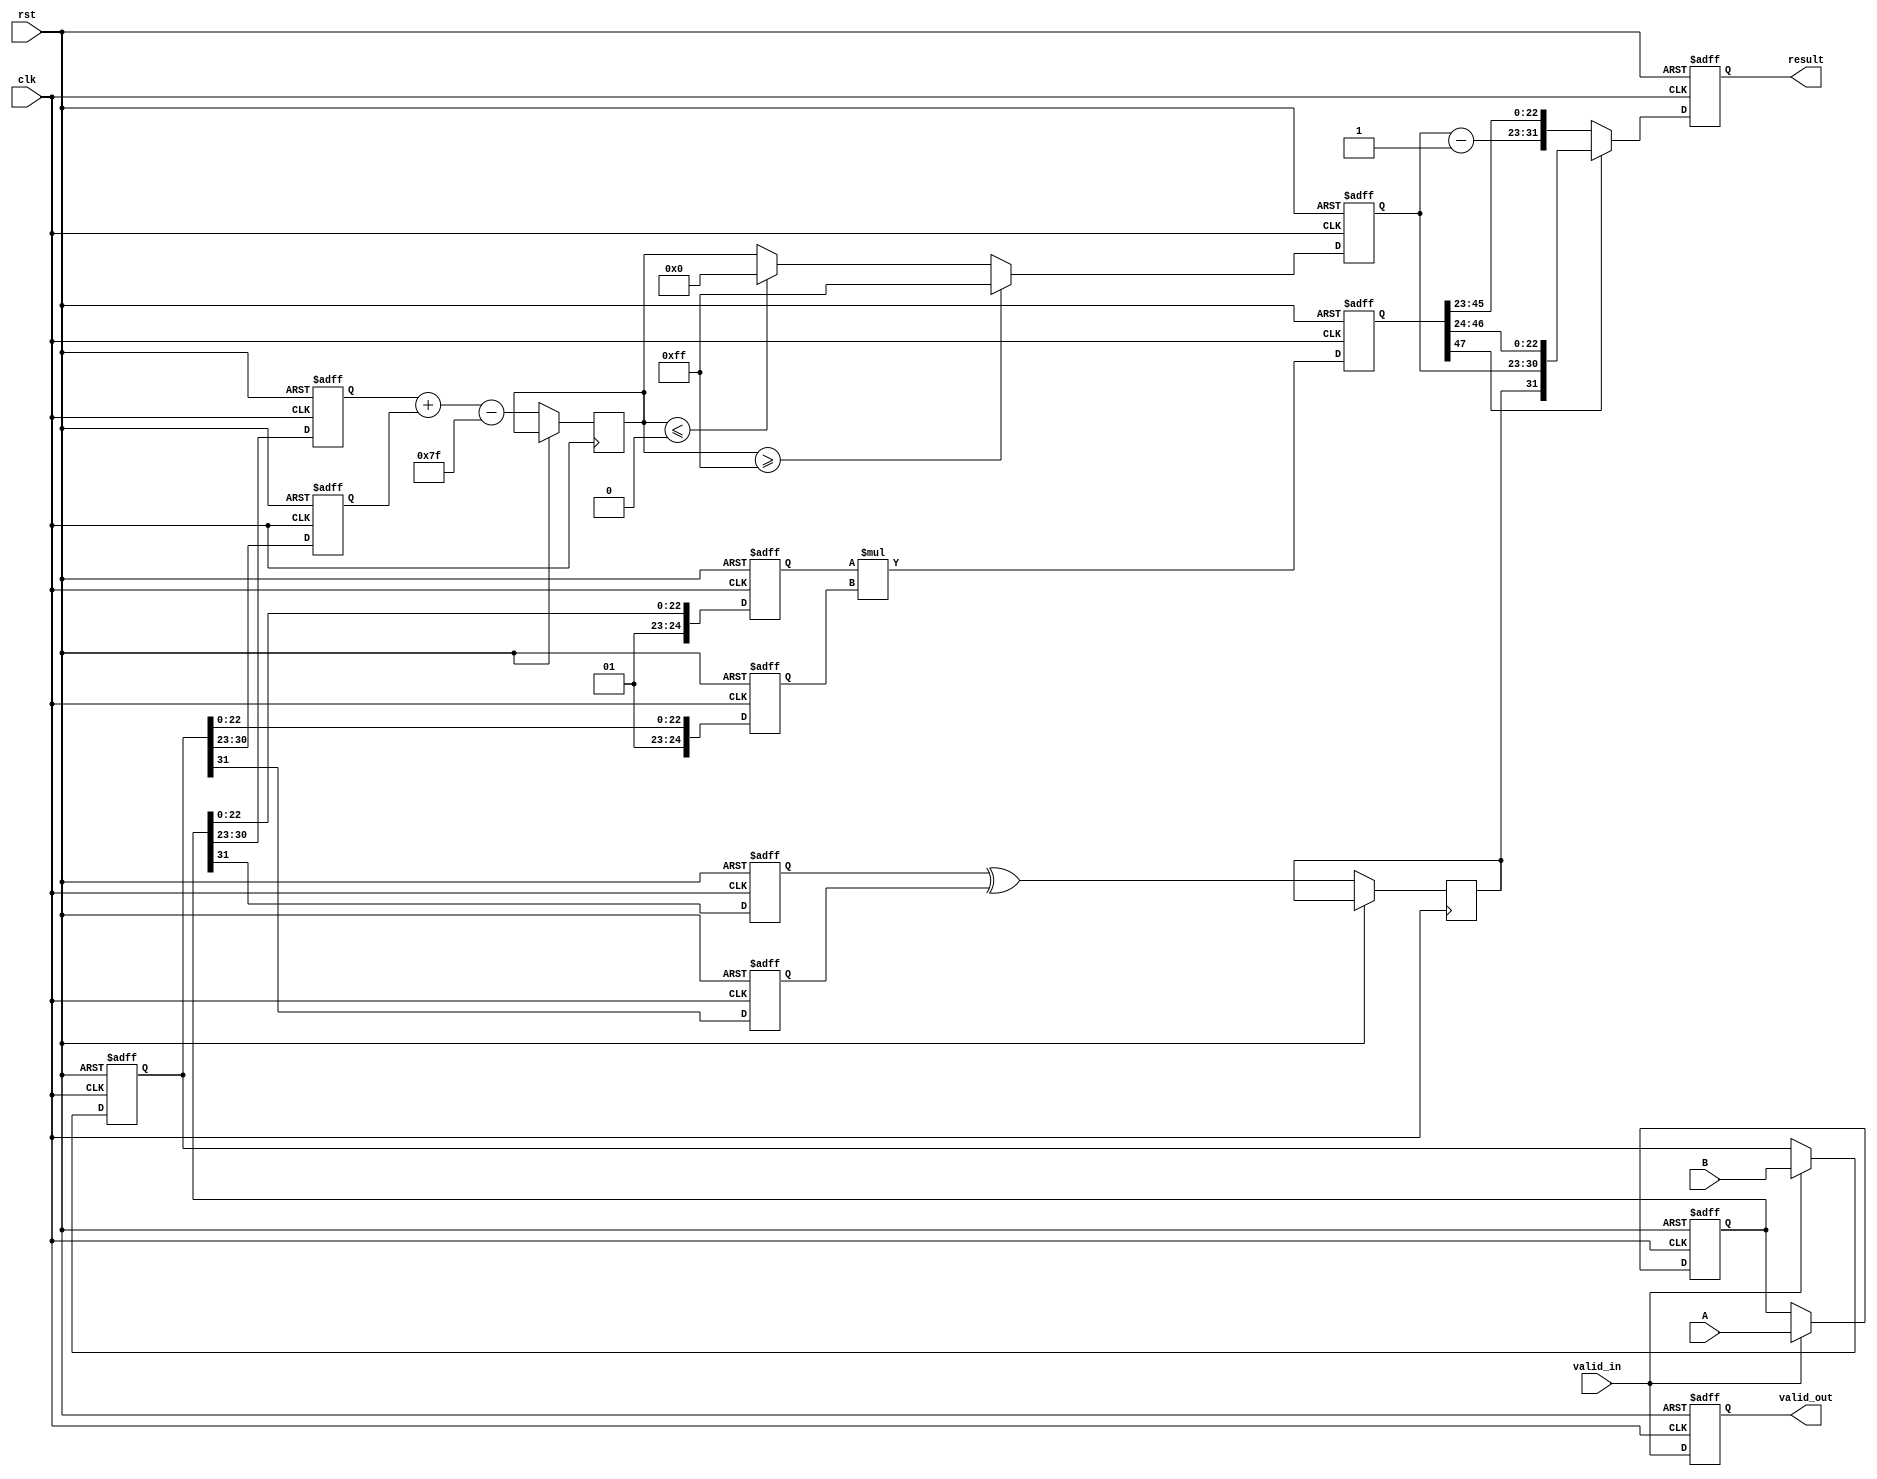
module floating_point_multiplier (
    input clk,
    input rst,
    input valid_in,
    input [31:0] A, // Input A
    input [31:0] B, // Input B
    output reg valid_out,
    output reg [31:0] result // Output result
);

// Pipeline registers
reg [31:0] A_reg, B_reg;
reg signA, signB;
reg sign_result;
reg [7:0] expA, expB, exp_result;
reg [24:0] mantA, mantB; // Added implicit leading 1
reg [47:0] mant_product; // Product of mantissas (with space for overflow)
reg [7:0] exp_temp;

// Constants
parameter BIAS = 8'd127;

// Stage 1: Input Capture
always @(posedge clk or posedge rst) begin
    if (rst) begin
        A_reg <= 32'b0;
        B_reg <= 32'b0;
    end else if (valid_in) begin
        A_reg <= A;
        B_reg <= B;
    end
end

// Stage 2: Sign Calculation
always @(posedge clk or posedge rst) begin
    if (rst) begin
        signA <= 1'b0;
        signB <= 1'b0;
    end else begin
        signA <= A_reg[31];
        signB <= B_reg[31];
        sign_result <= signA ^ signB; // XOR for sign of the result
    end
end

// Stage 3: Exponent Calculation
always @(posedge clk or posedge rst) begin
    if (rst) begin
        expA <= 8'b0;
        expB <= 8'b0;
        exp_result <= 8'b0;
    end else begin
        expA <= A_reg[30:23]; // Extract exponent of A
        expB <= B_reg[30:23]; // Extract exponent of B
        exp_temp <= expA + expB - BIAS; // Add exponents and subtract bias

        // Handle overflow and underflow
        if (exp_temp >= 8'b11111111) // Overflow
            exp_result <= 8'b11111111; // Set to infinity
        else if (exp_temp <= 8'b00000000) // Underflow
            exp_result <= 8'b00000000; // Set to zero
        else
            exp_result <= exp_temp;
    end
end

// Stage 4: Mantissa Calculation
always @(posedge clk or posedge rst) begin
    if (rst) begin
        mantA <= 25'b0; // 1 + 23 bits
        mantB <= 25'b0; // 1 + 23 bits
        mant_product <= 48'b0; // 24 + 24 bits
    end else begin
        mantA <= {1'b1, A_reg[22:0]}; // Normalize A
        mantB <= {1'b1, B_reg[22:0]}; // Normalize B
        mant_product <= mantA * mantB; // Multiply mantissas
    end
end

// Stage 5: Result Construction
always @(posedge clk or posedge rst) begin
    if (rst) begin
        result <= 32'b0;
        valid_out <= 1'b0;
    end else begin
        // Check for normalization and shift if necessary
        if (mant_product[47]) begin
            // If the product is normalized (1.xxxx)
            result <= {sign_result, exp_result, mant_product[46:24]}; // Keep 23 bits
        end else begin
            // If the product is denormalized (0.xxxx)
            result <= {sign_result, exp_result - 1, mant_product[45:23]}; // Shift right
        end
        valid_out <= valid_in; // Indicate that output is valid
    end
end

endmodule